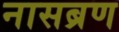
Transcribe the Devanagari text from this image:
नासब्रण